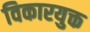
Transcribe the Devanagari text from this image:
विकारयुक्त